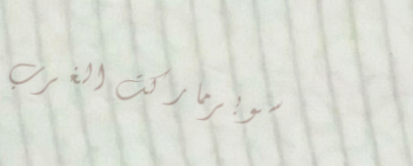
سوبرماركت الغرب